King Institute of Preventive Medicine Micro-Biological Section reports 1912-19
Year: 1912
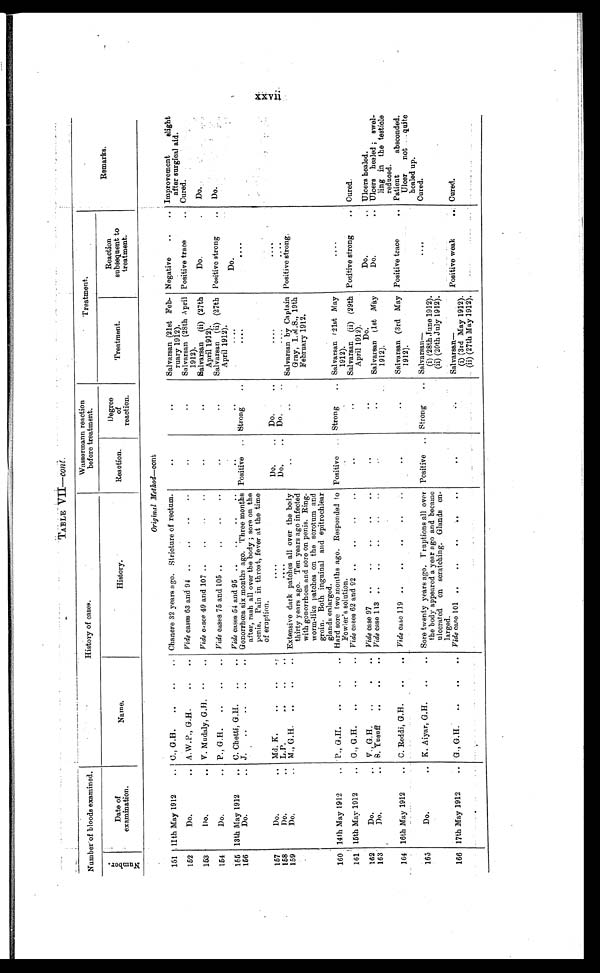
TABLE VII—c o n t .
Number of bloods examined.
History of cases.
Wassermann reaction
before treatment.
T reatment.
Remarks.
Number .
Date of
examination.
Name.
History.
Reaction.
Degree
of
reaction.
Treatment.
Reaction
subsequent to
treatment.
Original Method—cont
151 11th May 1912 . . . C., G.H. . . .
Chanere 32 years ago. Stricture of rectum.
. . .
. . .
Salvarsan (21st Feb-
ruary 1912).
Negative . . . Improvement slight
after surgical aid.
152
Do. . . . A.W.P., G.H. . . .
Vide cases 63 and 94 . . .
. . .
. . .
Salvarsan (28th April
1912).
Positive trace . . . Cured.
153
Do. . . . V. Mudaly, G.H. . . .
Vide cases 49 and 107 . . .
. . .
. . .
Salvarsan(ii)(27th
April 1912).
Do. . . .
D o . . . .
154
Do. . . . P., G.H. . . .
Vide cases 75 and 105 . . .
. . .
. . .
(ii)(27th
April 1912).
Positive strong . . . Do.
155 13th May 1912 . . . C. Chetti, G.H. . . .
Vide cases 54 and 95 . . .
. . .
. . .
. . .
Do.
156
Do. . . . J. . . .
Gonorrhœa six months ago. Three months
after, rash all over the body ; sore on the
penis. Pain in throat, fever at the time
of eruption.
Positive
Strong . . .
. . .
. . .
. . .
157
Do. . . .
Md. K. . . .
. . .
Do. . . .
Do. . . .
. . .
. . .
158
Do. . . . L.P. . . .
. . .
Do. . . .
Do. . . .
. . .
. . .
159
Do. . . . M.,G.H. . . .
Extensive dark patches all over the body
thirty years ago. Ten years ago infected
with gonorrhoea and sore on penis. Ring-
worm-like patches on the scrotum and
groin. Both inguinal and epitrochlear
glands enlarged.
. . .
. . .
Salvarsan by Captain
Gray, I.M.S., 19th
February 1912.
Positive strong.
160 14th May 1912 . . .
P., G.H. . . .
Hard sore two months ago. Responded to
Fowler's solution.
Positive
Strong . . . Salvarsan (21st May
1912).
. . .
161 15th May 1912 . . . G., G.H. . . .
Vide cases 62 and 92 . . .
. . .
. . .
Salvarsan (ii)(29th
April 1912).
Positive strong . . . Cured.
162
D o . . . .
V.,G.H. . . .
Vide case 97 . . .
. . .
. . .
Do.
Do.
Ulcers healed.
163
Do. . . . S. Yusuff . . .
Vide case 113 . . .
. . .
. . .
Salvarsan (1st May
1912).
Do. . . . Ulcers healed ; swel-
ling in the testícle
reduced.
164 16th May 1912 . . .
C.Reddi, G.H. . . .
Vide case 119 . . .
. . .
. . .
Salvarsan (3rd May
1912).
Positive trace . . . Patient absconded.
Ulcer not quite
healed up.
165
Do. . . . K. Aiyar, G.H. . . .
Sore twenty years ago. Fruptions all over
the body appeared a year ago and became
ulcerated on scratching. Glands en-
larged.
Positive . . . Strong . . . Salvarsan —
(i) (28th June 1912).
(ii) (20th July 1912).
. . .
Cured.
166 17th May 1912 . . . G., G.H. . . .
Vide case 101 . . .
. . .
. . .
S a l v a r s a n —
(i) (3rd May 1912).
(ii) (27th May 1912).
Positive weak . . . Cured.
xxvii